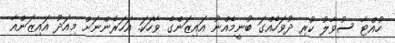
ހުއްޓާ ސުވާލު ކުރި ދުވަހެއްގަ ބުނީމެއްނު އައިޒަންގެ ވާހަކަ. އަހަރެންނަށް މިއަދު އައިޒަންއާ